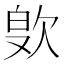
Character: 𪴭